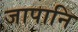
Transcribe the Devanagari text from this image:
जापानि